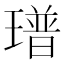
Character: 𤩓